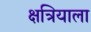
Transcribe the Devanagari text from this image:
क्षत्रियाला